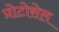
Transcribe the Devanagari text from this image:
प्रोटोसेल